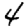
Digit: 4